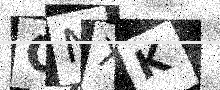
Text: CNXK